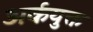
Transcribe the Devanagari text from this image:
अर्कयुक्त